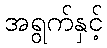
အရွက်နှင့်